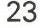
23